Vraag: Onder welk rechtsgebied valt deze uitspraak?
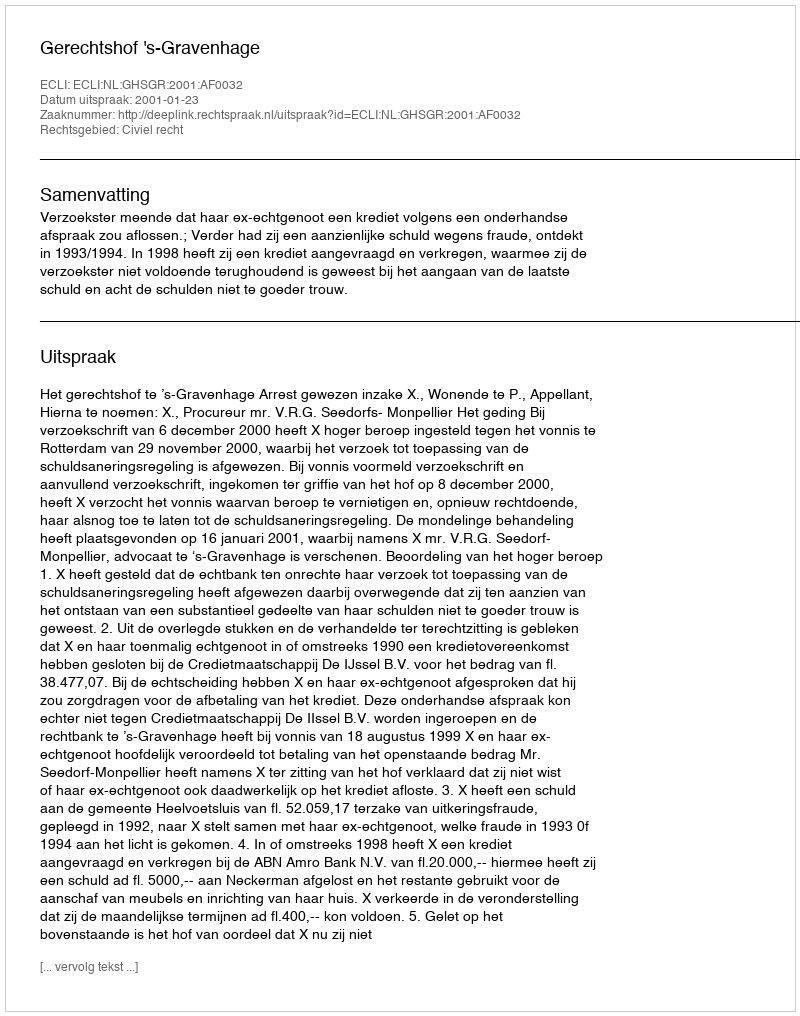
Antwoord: Civiel recht